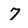
Character: 7